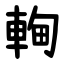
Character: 䡘